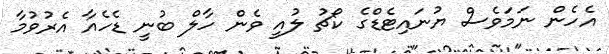
އެހެން ނަމަވެސް ޔުނައިޓެޑްގެ ކޯޗު ލުއީ ވެން ހާލް ބުނީ ޑެހެއާ އެރުވުމާ